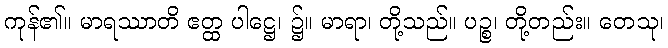
ကုန်၏။ မာရဿာတိ ဧတ္ထ ပါဋ္ဌေ၊ ၌။ မာရာ၊ တို့သည်။ ပဉ္စ၊ တို့တည်း။ တေသု၊